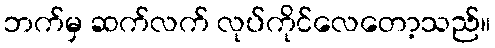
ဘက်မှ ဆက်လက် လုပ်ကိုင်လေတော့သည်။